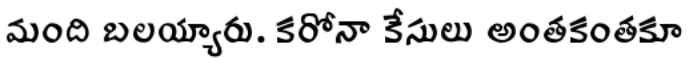
మంది బలయ్యారు. కరోనా కేసులు అంతకంతకూ